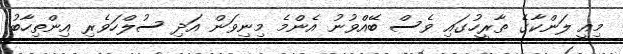
މިއީ ލަންކާގެ ތާރީހުގައި ވެސް ބޭއްވުނު އެންމެ މިނިވަން އަދި ސުލްހަވެރި އިންތިހާބު